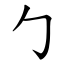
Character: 勹